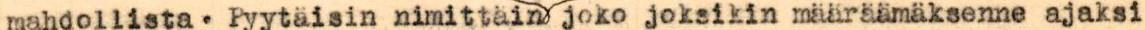
mahdollista. Pyytäisin nimittäin joko joksikin määräämäksenne ajaksi